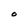
Character: O